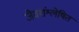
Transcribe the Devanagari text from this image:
जैवशंश्लेषित